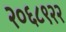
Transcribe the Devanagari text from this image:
२०६८९२२